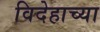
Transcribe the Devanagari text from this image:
विदेहाच्या